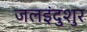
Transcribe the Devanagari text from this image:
जलइंदुशुर